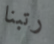
رتبنا